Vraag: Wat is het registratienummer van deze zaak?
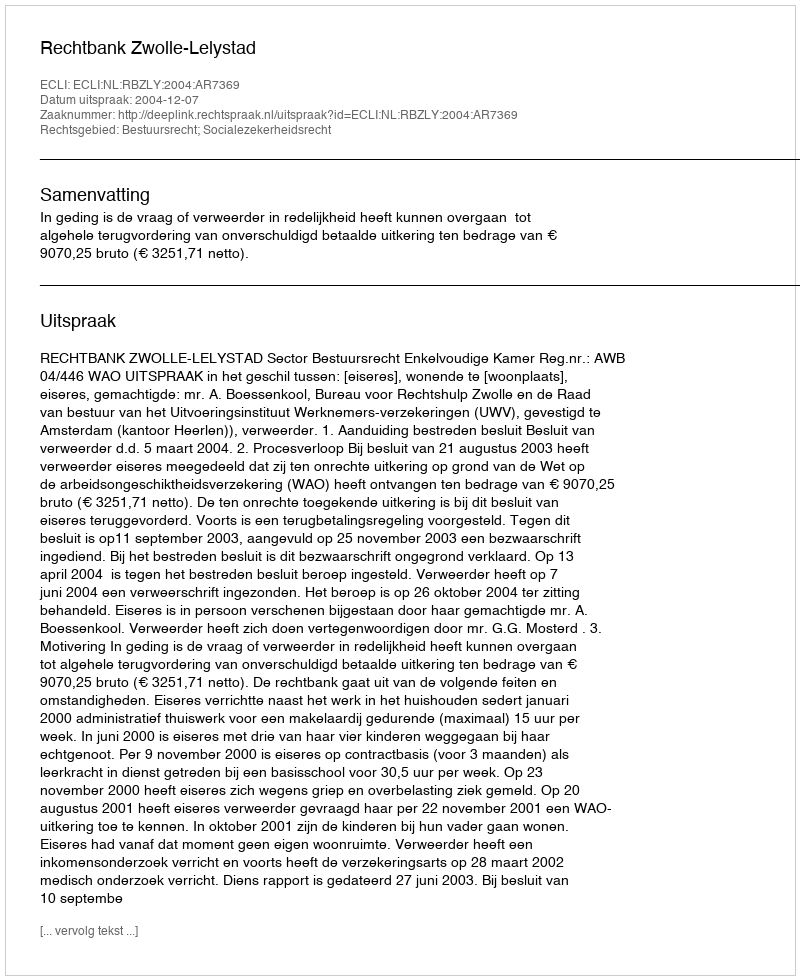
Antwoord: http://deeplink.rechtspraak.nl/uitspraak?id=ECLI:NL:RBZLY:2004:AR7369